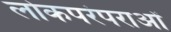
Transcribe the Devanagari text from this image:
लोकपरंपराओं